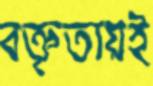
বক্তৃতায়ই